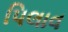
પિલાવ